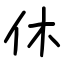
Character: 休